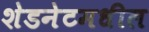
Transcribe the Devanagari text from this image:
शेडनेटमधील